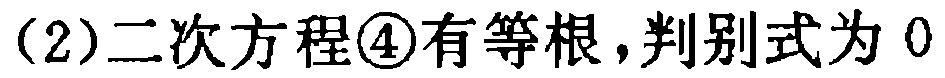
(2)二次方程\textcircled{4}有等根，判别式为 \(0\)